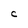
Character: C